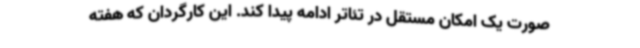
صورت یک امکان مستقل در تئاتر ادامه پیدا کند. این کارگردان که هفته